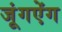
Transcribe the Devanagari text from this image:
जूंगऐंग